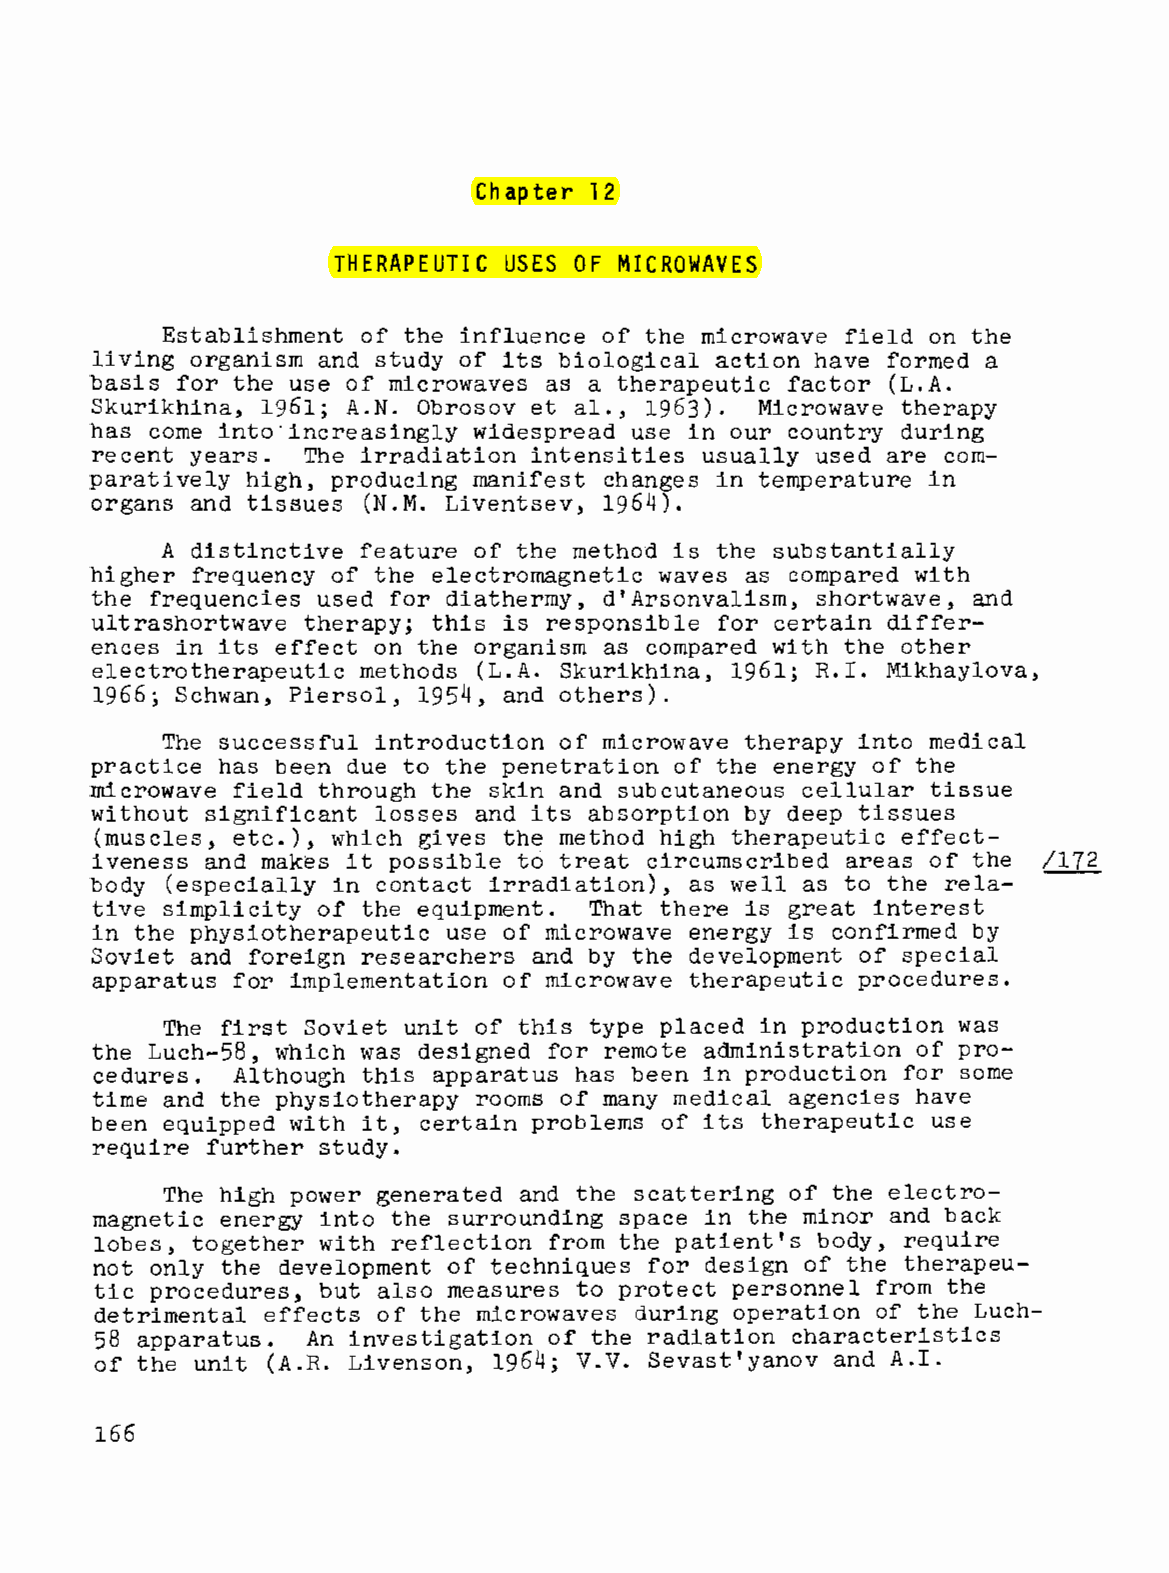
Chapter 12
 THERAPEUTIC USES OF MICROWAVES
 Establishment of the influence of the microwave field on the
 living organism and study of its biological action have formed a
 basis for the use of microwaves as a therapeutic factor (L.A.
 Skurikhina, 1961; A. N. Obrosov et al., 19.63). Microwave therapy
 has come into·increasingly widespread use in our country during
 recent years. The irradiation intensities usually used are com
 paratively high, producing manifest changes in temperature in
 organs and tissues (N.M. Liventsev, 1964).
 A distinctive feature of the method is the substantially
 higher frequency of the electromagnetic waves as compared with
 the frequencies used for diathermy, d'Arsonvalism, shortwave, and
 ultrashortwave therapy; this is responsible for certain differ
 ences in its effect on the organism as compared with the other
 electrotherapeutic methods (L.A. Skurikhina, 1961; R.I. Mikhaylova,
 1966; Schwan, Piersol, 1954, and others).
 The successful introduction of microwave therapy into medical
 practice has been due to the penetration of the energy of the
 microwave field through the skin and subcutaneous cellular tissue
 without significant losses and its absorption by deep tissues
 (muscles, etc.), which gives the method high therapeutic effect
 iveness and makes it possible to treat circumscribed areas of the /172
 body (especially in contact irradiation), as well as to the rela-
 tive simplicity of the equipment. That there is great interest
 in the physiotherapeutic use of microwave energy is confirmed by
 Soviet and foreign researchers and by the development of special
 apparatus for implementation of microwave therapeutic procedures.
 The first Soviet unit of this type placed in production was
 the Luch-58, which was designed for remote administration of pro
 cedures. Although this apparatus has been in production for some
 time and the physiotherapy rooms of many medical agencies have
 been equipped with it, certain problems of its therapeutic use
 require further study.
 The high power generated and the scattering of the electro
 magnetic energy into the surrounding space in the minor and back
 lobes, together with reflection from the patient's body, require
 not only the development of techniques for design of the therapeu
 tic procedures, but also measures to protect personnel from the
 detrimental effects of the microwaves during operation of the Luch-
 58 apparatus. An investigation of the radiation characteristics
 of the unit (A.R. Livenson, 1964; V.V. Sevast'yanov and A.I.
 166